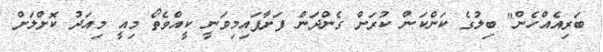
ބަރިއެއްހެން" ބިލުގެ ކަންކަން ކުރަަށް ގެންދަން ފަށާފައިމިވަނީ ކީއްވެތޯ މިއީ މިއަދު ކޮށްލަށް